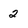
Character: 2